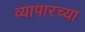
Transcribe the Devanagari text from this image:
व्यापारच्या